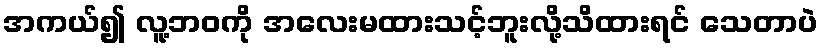
အကယ်၍ လူ့ဘဝကို အလေးမထားသင့်ဘူးလို့သိထားရင် သေတာပဲ